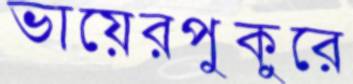
ভায়েরপুকুরে